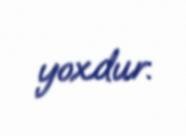
yoxdur.